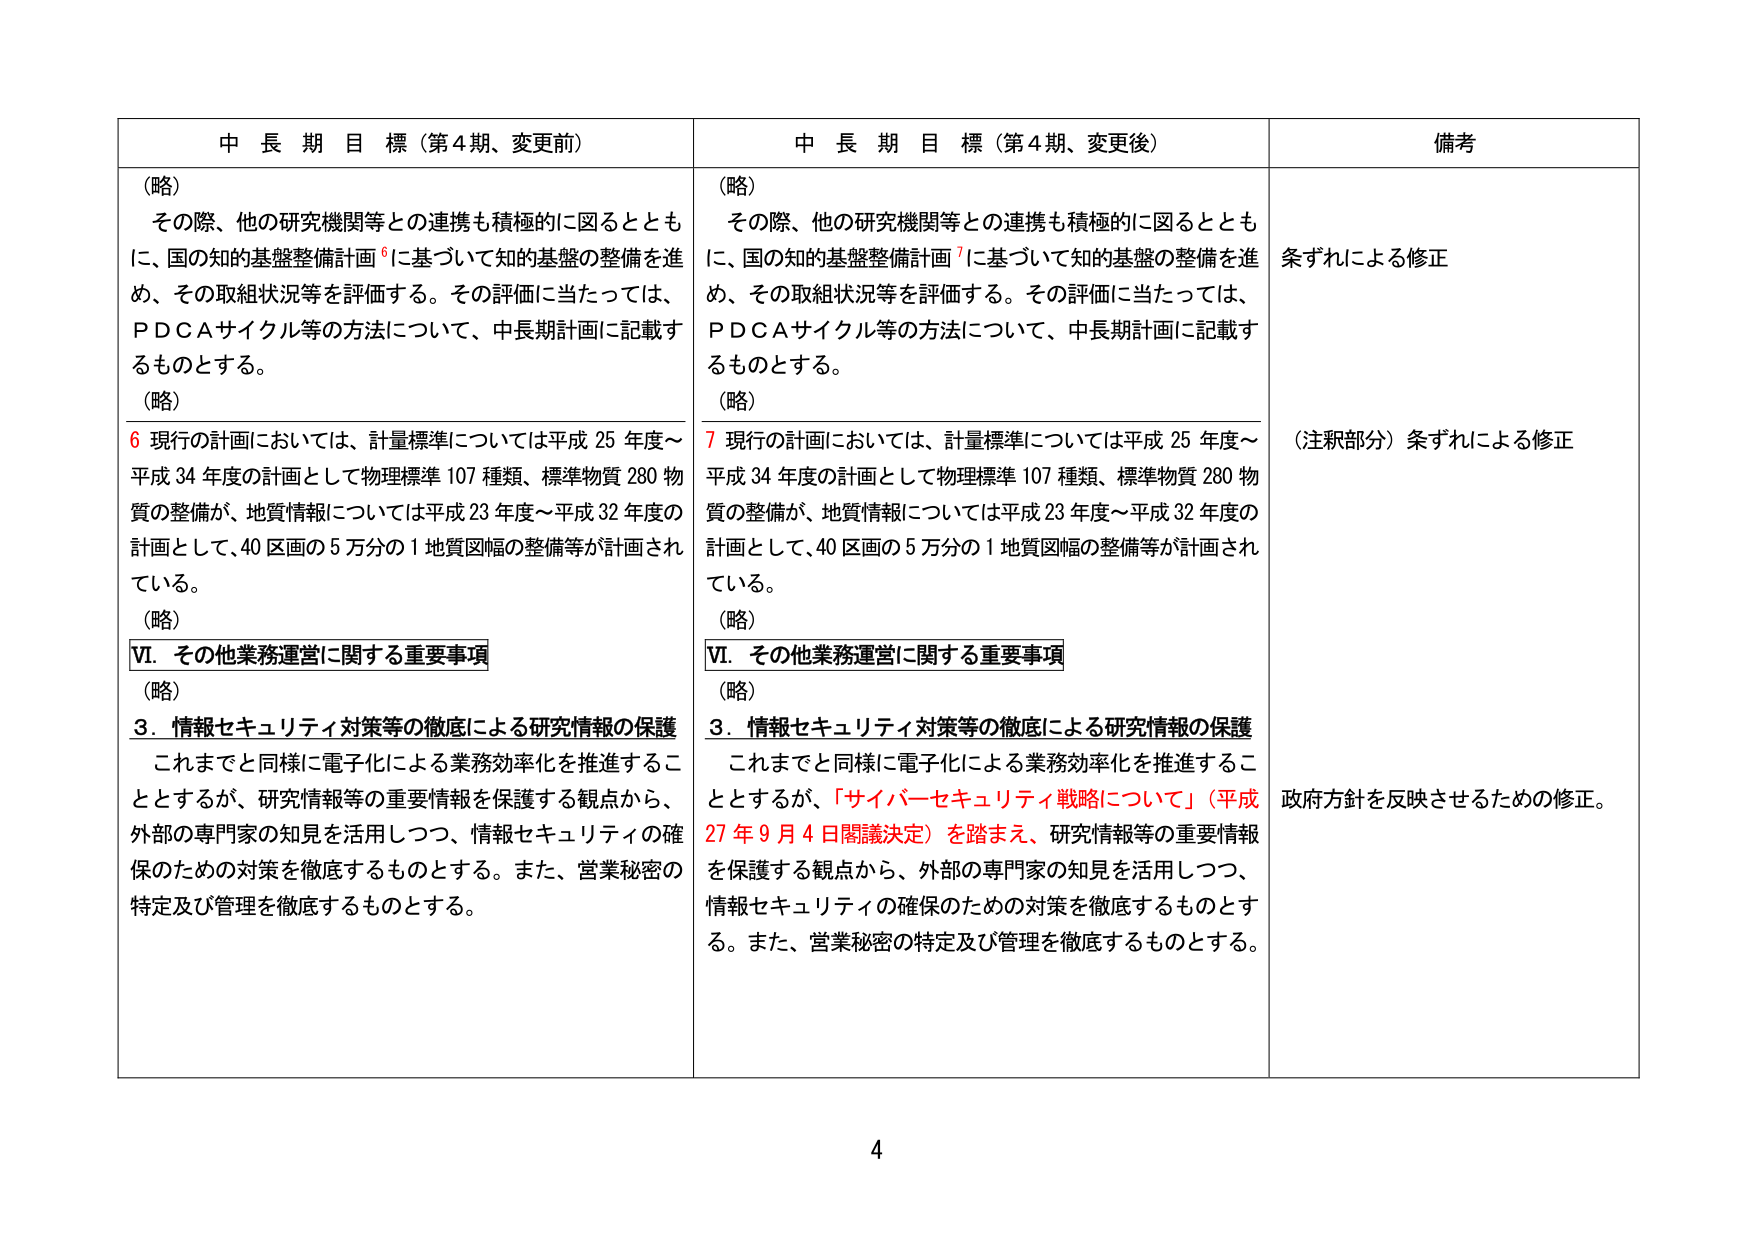
中 長 期 目 標（第4期、変更前）
（略）
その際、他の研究機関等との連携も積極的に図るとともに、国の知的基盤整備計画⁶に基づいて知的基盤の整備を進め、その取組状況等を評価する。その評価に当たっては、ＰＤＣＡサイクル等の方法について、中長期計画に記載するものとする。
（略）
⁶ 現行の計画においては、計量標準については平成25年度～平成34年度の計画として物理標準107種類、標準物質280物質の整備が、地質情報については平成23年度～平成32年度の計画として、40区画の5万分の1地質図幅の整備等が計画されている。
（略）
Ⅵ．その他業務運営に関する重要事項
（略）
3．情報セキュリティ対策等の徹底による研究情報の保護
これまでと同様に電子化による業務効率化を推進することとするが、研究情報等の重要情報を保護する観点から、外部の専門家の知見を活用しつつ、情報セキュリティの確保のための対策を徹底するものとする。また、営業秘密の特定及び管理を徹底するものとする。

中 長 期 目 標（第4期、変更後）
（略）
その際、他の研究機関等との連携も積極的に図るとともに、国の知的基盤整備計画⁷に基づいて知的基盤の整備を進め、その取組状況等を評価する。その評価に当たっては、ＰＤＣＡサイクル等の方法について、中長期計画に記載するものとする。
（略）
⁷ 現行の計画においては、計量標準については平成25年度～平成34年度の計画として物理標準107種類、標準物質280物質の整備が、地質情報については平成23年度～平成32年度の計画として、40区画の5万分の1地質図幅の整備等が計画されている。
（略）
Ⅵ．その他業務運営に関する重要事項
（略）
3．情報セキュリティ対策等の徹底による研究情報の保護
これまでと同様に電子化による業務効率化を推進することとするが、「サイバーセキュリティ戦略について」（平成27年9月4日閣議決定）を踏まえ、研究情報等の重要情報を保護する観点から、外部の専門家の知見を活用しつつ、情報セキュリティの確保のための対策を徹底するものとする。また、営業秘密の特定及び管理を徹底するものとする。

備考
条ずれによる修正
（注釈部分）条ずれによる修正
政府方針を反映させるための修正。

4